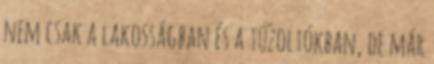
nem csak a lakosságban és a tűzoltókban, de már